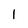
Character: 1